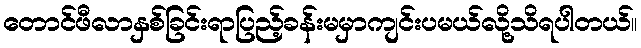
တောင်ဖီလာနှစ်ခြင်းရာပြည့်ခန်းမမှာကျင်းပမယ်လို့သိရပါတယ်။